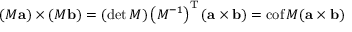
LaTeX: ( M \mathbf { a } ) \times ( M \mathbf { b } ) = ( \operatorname* { d e t } M ) \left( M ^ { - 1 } \right) ^ { \mathrm { T } } ( \mathbf { a } \times \mathbf { b } ) = \operatorname { c o f } M ( \mathbf { a } \times \mathbf { b } )